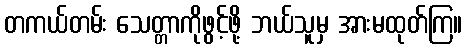
တကယ်တမ်း သေတ္တာကိုဖွင့်ဖို့ ဘယ်သူမှ အားမထုတ်ကြ။